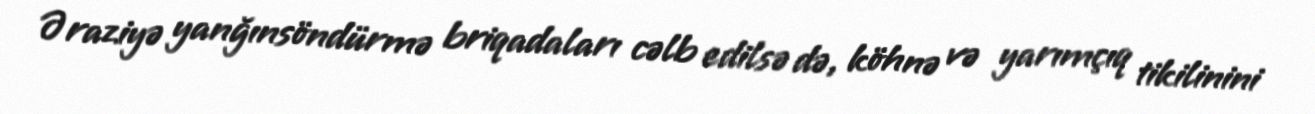
Əraziyə yanğınsöndürmə briqadaları cəlb edilsə də, köhnə və yarımçıq tikilinini